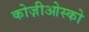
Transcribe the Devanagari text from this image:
कोज़ीओस्को